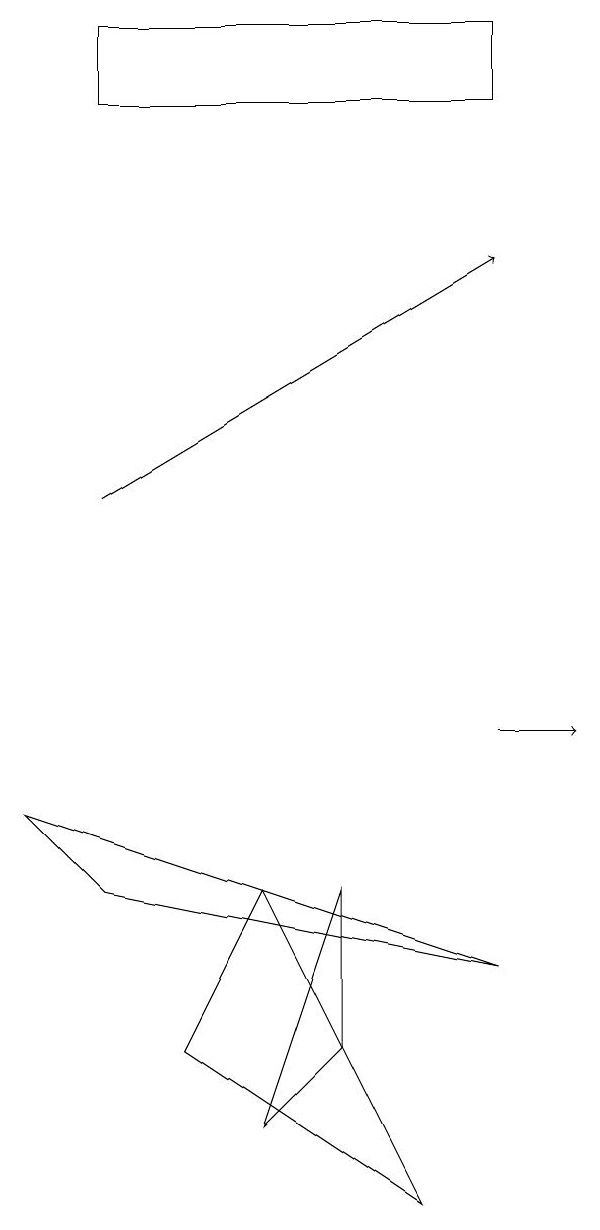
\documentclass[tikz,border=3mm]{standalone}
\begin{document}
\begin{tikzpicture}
\draw (4,5) -- (5,6) -- (5,8) -- cycle;
\draw (2,18) rectangle (7,19);
\draw (3,6) -- (6,4) -- (4,8) -- cycle;
\draw[->] (7,10) -- (8,10);
\draw (2,8) -- (7,7) -- (1,9) -- cycle;
\draw[->] (2,13) -- (7,16);
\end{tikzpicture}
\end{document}